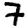
Digit: 7